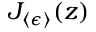
J _ { \langle \epsilon \rangle } ( z )